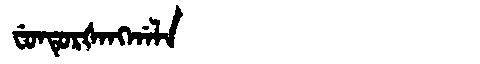
Manchu: ᠸᡠᠨᡨᡠᡵᡧᠠᠩᡤᠠᠯᠠ
Romanization: FUNTURŠANGGALA